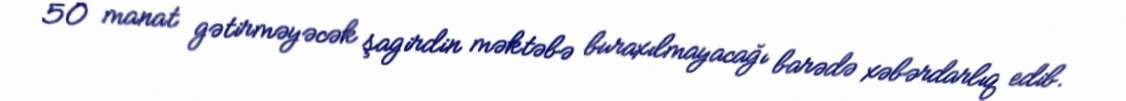
50 manat gətirməyəcək şagirdin məktəbə buraxılmayacağı barədə xəbərdarlıq edib.